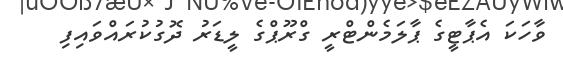
ވާހަކަ އެޕާޓީގެ ޕާލަމެންޓްރީ ގްރޫޕްގެ ލީޑަރު ދޮގުކުރައްވައިފި